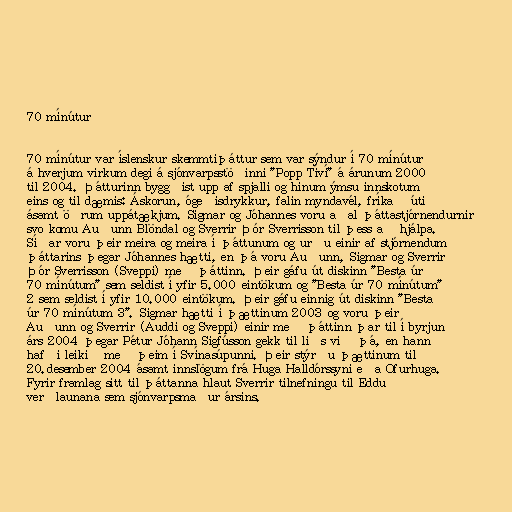
70 mínútur

70 mínútur var íslenskur skemmtiþáttur sem var sýndur í 70 mínútur
á hverjum virkum degi á sjónvarpsstöðinni "Popp Tíví" á árunum 2000
til 2004. Þátturinn byggðist upp af spjalli og hinum ýmsu innskotum
eins og til dæmis: Áskorun, ógeðisdrykkur, falin myndavél, fríkað úti
ásamt öðrum uppátækjum. Sigmar og Jóhannes voru aðal þáttastjórnendurnir
svo komu Auðunn Blöndal og Sverrir Þór Sverrisson til þess að hjálpa.
Síðar voru þeir meira og meira í þáttunum og urðu einir af stjórnendum
þáttarins þegar Jóhannes hætti, en þá voru Auðunn, Sigmar og Sverrir
Þór Sverrisson (Sveppi) með þáttinn. Þeir gáfu út diskinn "Besta úr
70 mínútum" sem seldist í yfir 5.000 eintökum og "Besta úr 70 mínútum"
2 sem seldist í yfir 10.000 eintökum. Þeir gáfu einnig út diskinn "Besta
úr 70 mínútum 3". Sigmar hætti í þættinum 2003 og voru þeir
Auðunn og Sverrir (Auddi og Sveppi) einir með þáttinn þar til í byrjun
árs 2004 þegar Pétur Jóhann Sigfússon gekk til liðs við þá, en hann
hafði leikið með þeim í Svínasúpunni. Þeir stýrðu þættinum til
20.desember 2004 ásamt innslögum frá Huga Halldórssyni eða Ofurhuga.
Fyrir framlag sitt til þáttanna hlaut Sverrir tilnefningu til Eddu
verðlaunana sem sjónvarpsmaður ársins.